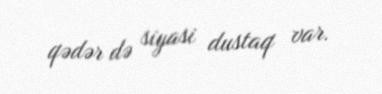
qədər də siyasi dustaq var.